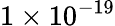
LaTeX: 1\times 10^{-19}